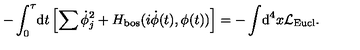
- \int _ { 0 } ^ { \tau } \! \mathrm { d } t \left[ \sum \dot { \phi } _ { j } ^ { 2 } + H _ { \mathrm { b o s } } ( i \dot { \phi } ( t ) , \phi ( t ) ) \right] = - \int \! \mathrm { d } ^ { 4 } x { \cal L } _ { \mathrm { E u c l } } .